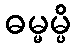
ဓမ္မမ္ပိ